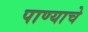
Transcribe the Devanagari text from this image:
पाण्‍याचे